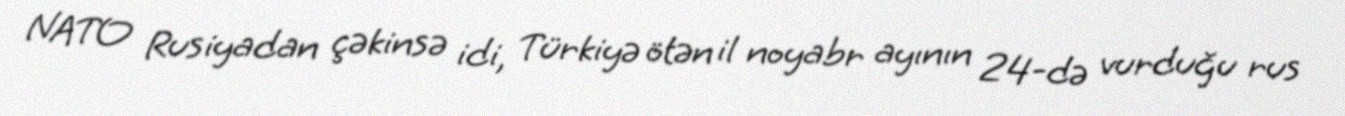
NATO Rusiyadan çəkinsə idi, Türkiyə ötən il noyabr ayının 24-də vurduğu rus